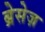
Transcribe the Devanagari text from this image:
ब्रेसेज़